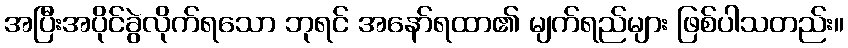
အပြီးအပိုင်ခွဲလိုက်ရသော ဘုရင် အနော်ရထာ၏ မျက်ရည်များ ဖြစ်ပါသတည်း။